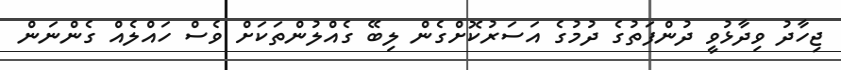
ޖިހާދު ވިދާޅުވީ ދުންފަތުގެ ދުމުގެ އަސަރުކޮށްގެން ލިބޭ ގެއްލުންތަކަށް ވެސް ހައްލެއް ގެންނަން